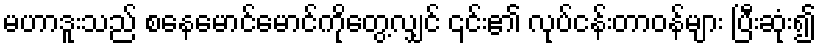
မဟာဒူးသည် စနေမောင်မောင်ကိုတွေ့လျှင် ၎င်း၏ လုပ်ငန်းတာဝန်များ ပြီးဆုံး၍